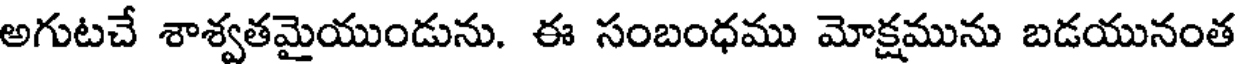
అగుటచే శాశ్వతమైయుండును. ఈ సంబంధము మోక్షమును బడయునంత